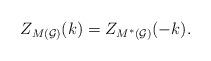
LaTeX: \begin{align*}Z_{M({\cal G)}}(k)=Z_{M^{*}({\cal G)}}(-k). \end{align*}